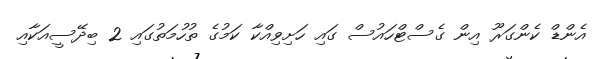
އެންޑް ކެންގަރޫ އިން ގެސްޓްހައުސް ގައި ހަށިވިއްކާ ކަމުގެ ތުހުމަތުގައި 2 ބިދޭސީއަކާއި